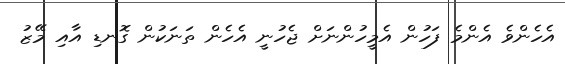
އެހެންވެ އެންމެ ފަހުން އެމީހުންނަށް ޖެހުނީ އެހެން ތަނަކުން ގޮނޑި އާއި މޭޒު